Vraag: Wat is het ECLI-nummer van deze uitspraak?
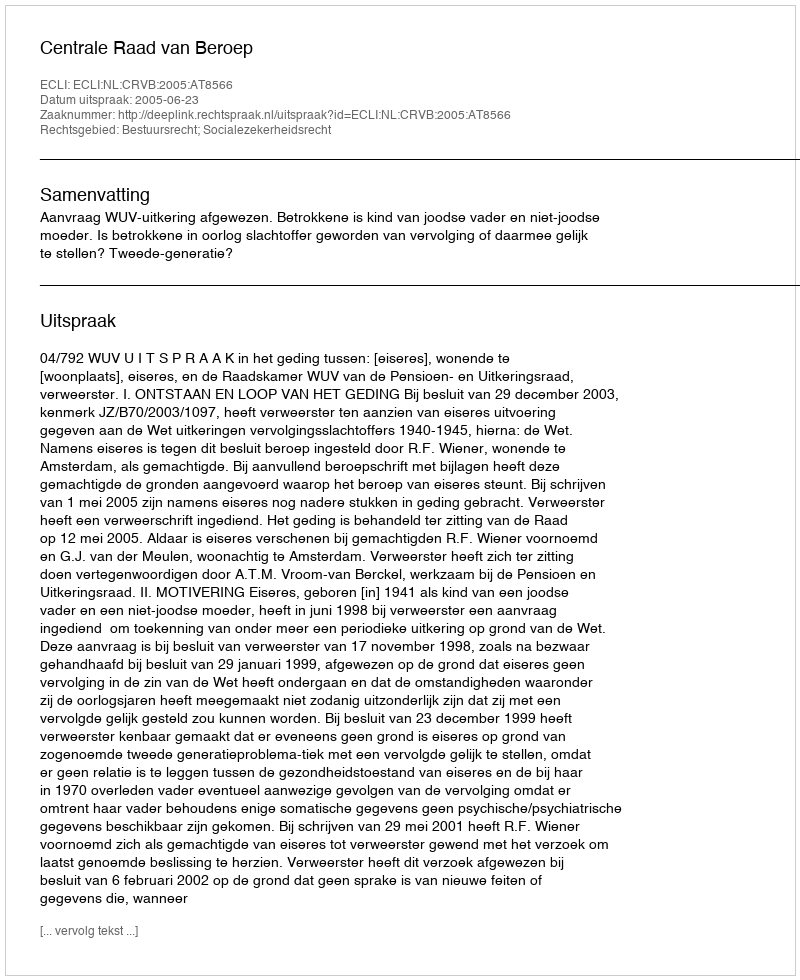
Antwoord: ECLI:NL:CRVB:2005:AT8566